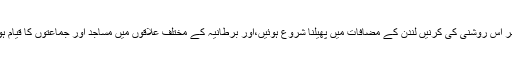
پھر اس روشنی کی کرنیں لندن کے مضافات میں پھیلنا شروع ہوئیں،اور برطانیہ کے مختلف علاقوں میں مساجد اور جماعتوں کا قیام ہوا۔